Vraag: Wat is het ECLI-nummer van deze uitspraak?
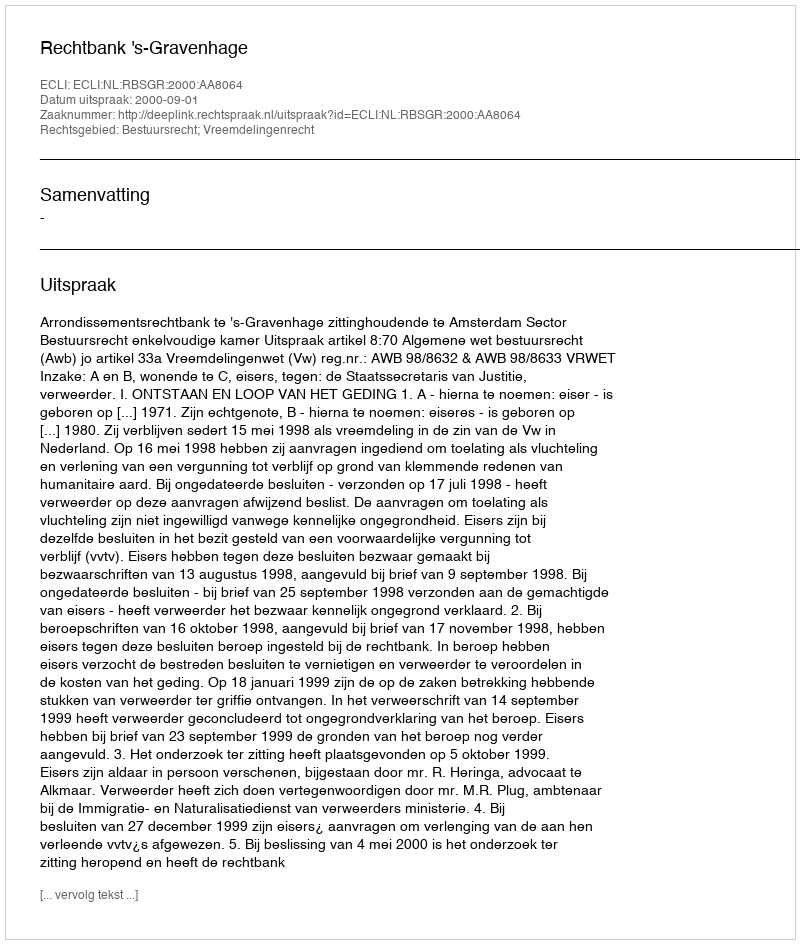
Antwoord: ECLI:NL:RBSGR:2000:AA8064